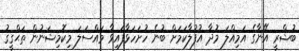
ބުޝްރީ އޭނާގެ އަމިއްލަ މުދާ އުފުލާކަމަށް ބުނެ ހުށަހަޅާފައިވާ މައްސަލަ މިކޮމިޝަނުން ތަޙްޤީޤު